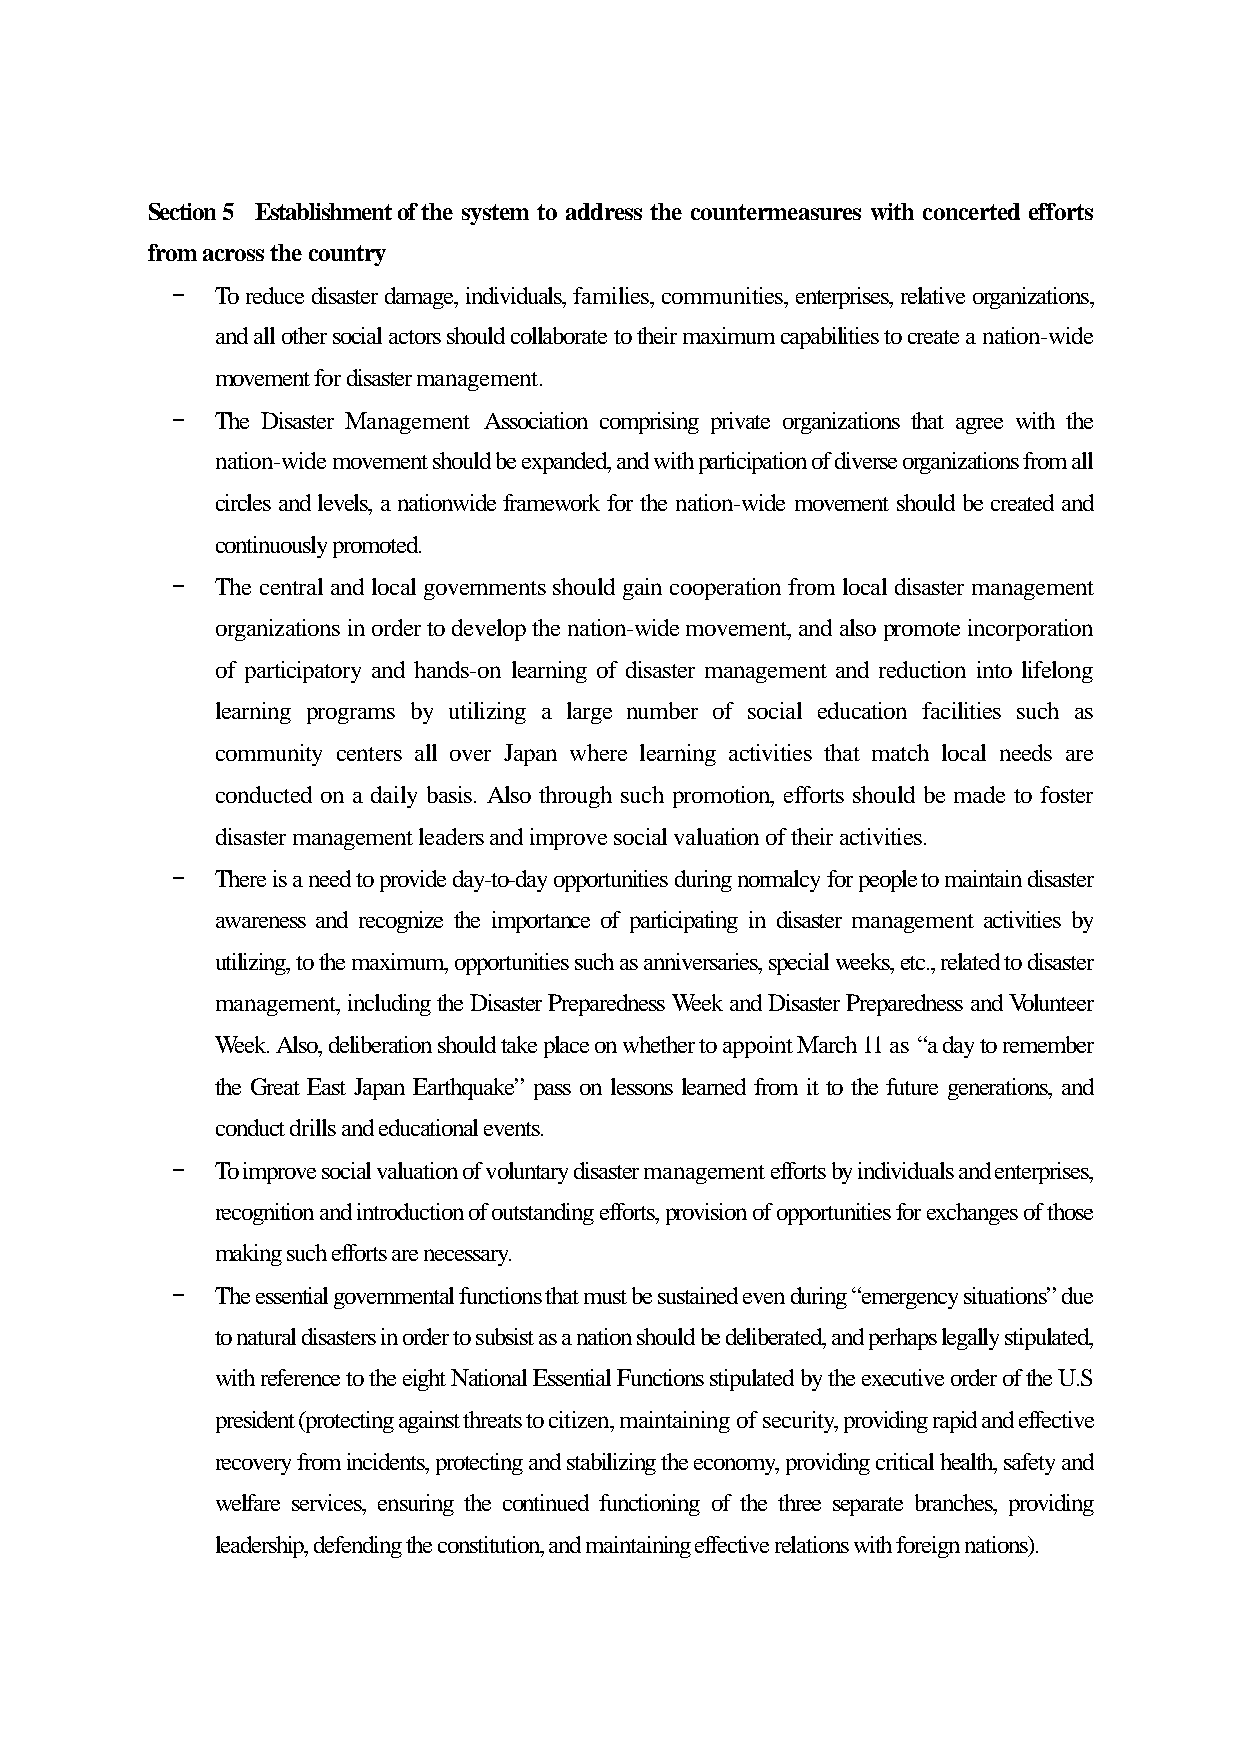
Section 5 Establishment of the system to address the countermeasures with concerted efforts
 from across the country
 -  To reduce disaster damage, individuals, families, communities, enterprises, relative organizations,
 and all other social actors should collaborate to their maximum capabilities to create a nation-wide
 movement for disaster management.
 -  The Disaster Management Association comprising private organizations that agree with the
 nation-wide movement should be expanded, and with participation of diverse organizations from all
 circles and levels, a nationwide framework for the nation-wide movement should be created and
 continuously promoted.
 -  The central and local governments should gain cooperation from local disaster management
 organizations in order to develop the nation-wide movement, and also promote incorporation
 of participatory and hands-on learning of disaster management and reduction into lifelong
 learning programs by utilizing a large number of social education facilities such as
 community centers all over Japan where learning activities that match local needs are
 conducted on a daily basis. Also through such promotion, efforts should be made to foster
 disaster management leaders and improve social valuation of their activities.
 -  There is a need to provide day-to-day opportunities during normalcy for people to maintain disaster
 awareness and recognize the importance of participating in disaster management activities by
 utilizing, to the maximum, opportunities such as anniversaries, special weeks, etc., related to disaster
 management, including the Disaster Preparedness Week and Disaster Preparedness and Volunteer
 Week. Also, deliberation should take place on whether to appoint March 11 as “a day to remember
 the Great East Japan Earthquake” pass on lessons learned from it to the future generations, and
 conduct drills and educational events.
 -  To improve social valuation of voluntary disaster management efforts by individuals and enterprises,
 recognition and introduction of outstanding efforts, provision of opportunities for exchanges of those
 making such efforts are necessary.
 -  The essential governmental functions that must be sustained even during “emergency situations” due
 to natural disasters in order to subsist as a nation should be deliberated, and perhaps legally stipulated,
 with reference to the eight National Essential Functions stipulated by the executive order of the U.S
 president (protecting against threats to citizen, maintaining of security, providing rapid and effective
 recovery from incidents, protecting and stabilizing the economy, providing critical health, safety and
 welfare services, ensuring the continued functioning of the three separate branches, providing
 leadership, defending the constitution, and maintaining effective relations with foreign nations).